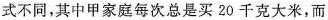
式不同，其中甲家庭每次总是买20千克大米，而